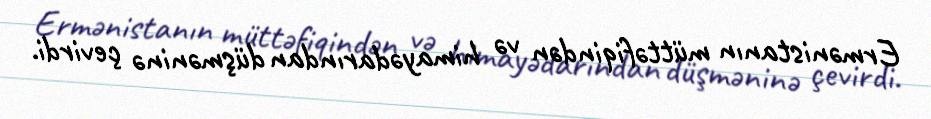
Ermənistanın müttəfiqindən və himayədarından düşməninə çevirdi.